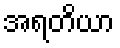
အရတိယာ